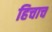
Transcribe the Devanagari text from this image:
हिचाच